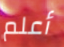
أعلم